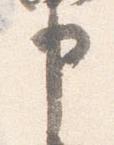
申